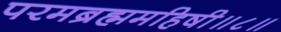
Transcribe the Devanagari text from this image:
परमब्रह्ममहिषी॥८॥